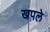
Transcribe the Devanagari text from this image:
खपले